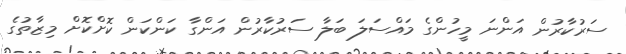
ސަރުކާރުން އަންނަ މީހުންގެ މައްސަލަ ބަލާ ސަރުކާރުން އަންގާ ކަންކަން ކޮށްކޮށް މިޒާތުގެ